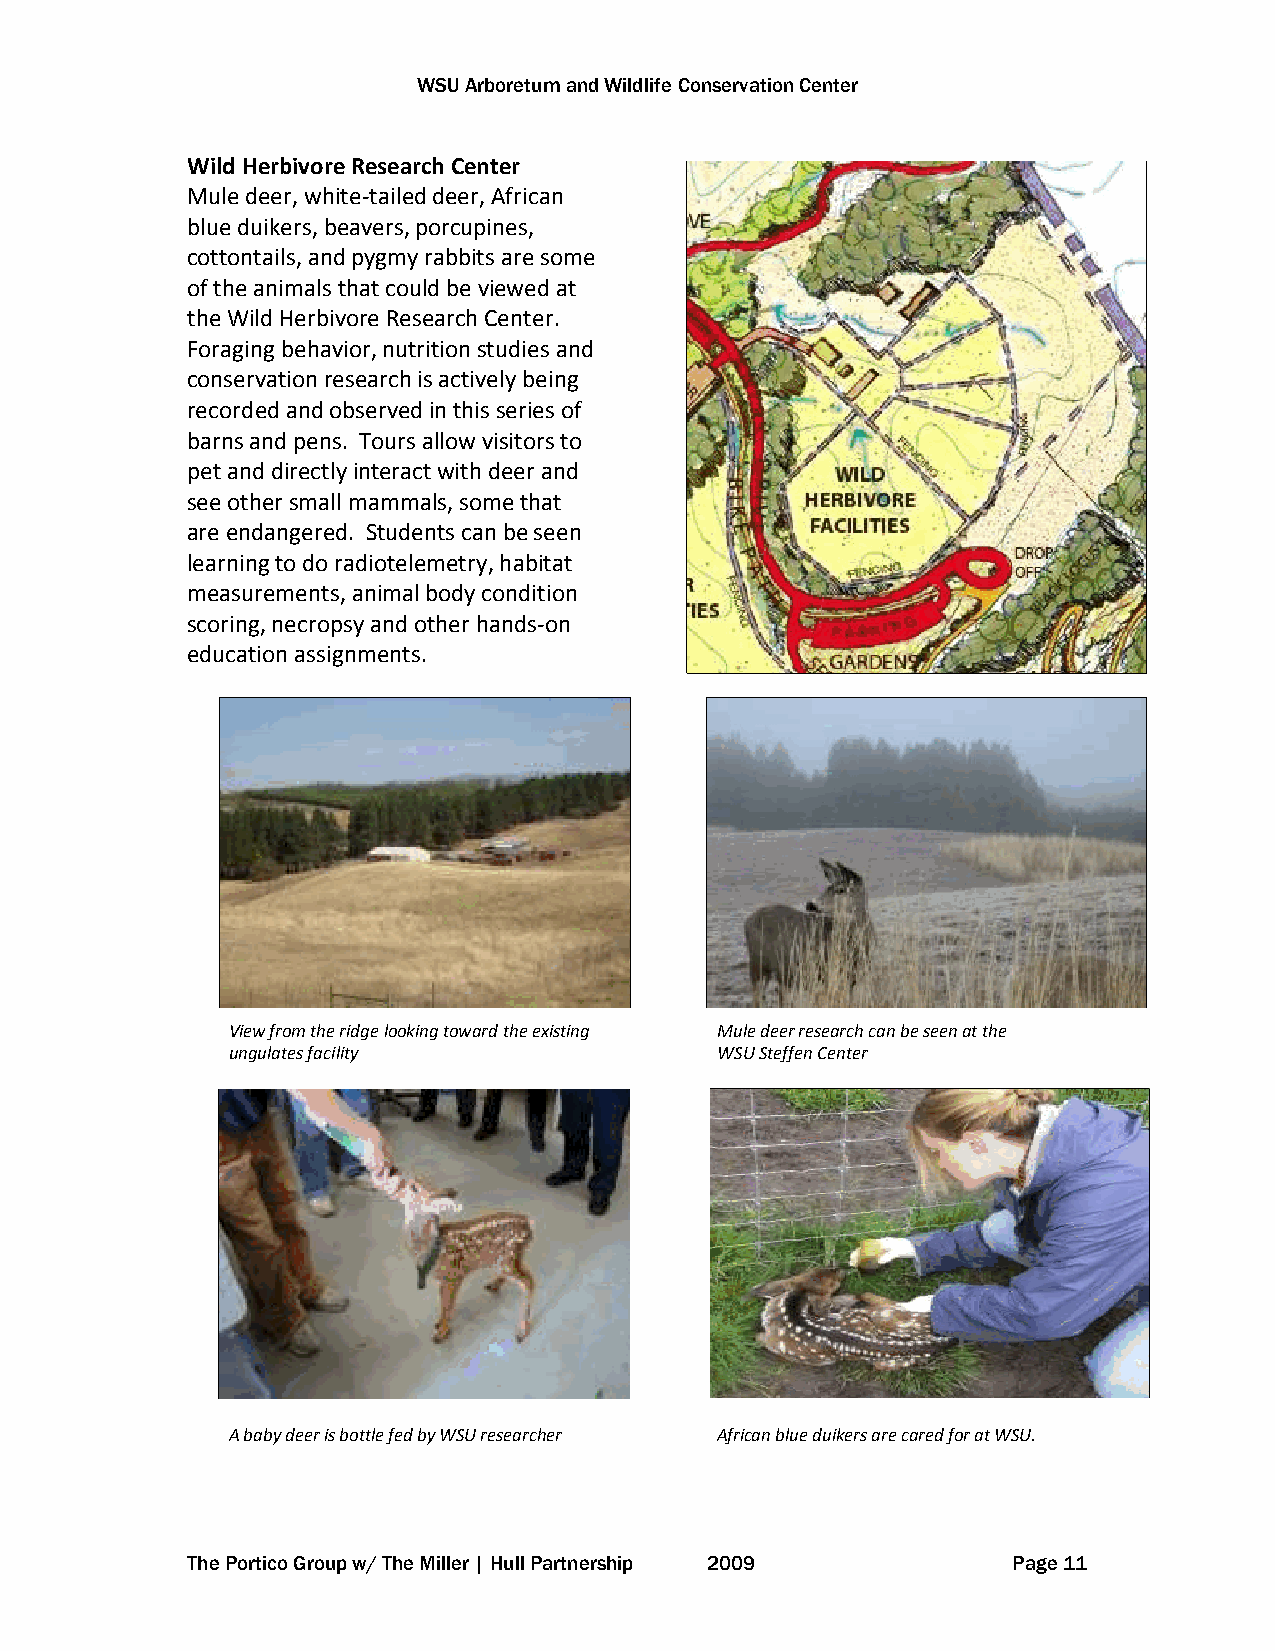
WSU Arboretum and Wildlife Conservation Center
 Wild Herbivore Research Center
 Mule deer, white-tailed deer, African
 blue duikers, beavers, porcupines,
 cottontails, and pygmy rabbits are some
 of the animals that could be viewed at
 the Wild Herbivore Research Center.
 Foraging behavior, nutrition studies and
 conservation research is actively being
 recorded and observed in this series of
 barns and pens. Tours allow visitors to
 pet and directly interact with deer and
 see other small mammals, some that
 are endangered. Students can be seen
 learning to do radiotelemetry, habitat
 measurements, animal body condition
 scoring, necropsy and other hands-on
 education assignments.
 View from the ridge looking toward the existing Mule deer research can be seen at the
 ungulates facility               WSU Steffen Center
 A baby deer is bottle fed by WSU researcher African blue duikers are cared for at WSU.
 The Portico Group w/ The Miller | Hull Partnership 2009 Page 11